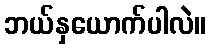
ဘယ်နှယောက်ပါလဲ။